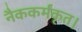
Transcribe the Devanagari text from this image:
नैककर्मकृत।